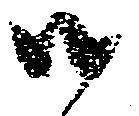
御